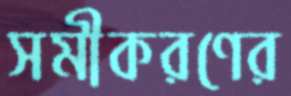
সমীকরণের